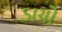
ડાચો